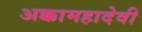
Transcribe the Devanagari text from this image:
अक्कामहादेवी